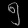
Digit: ၅